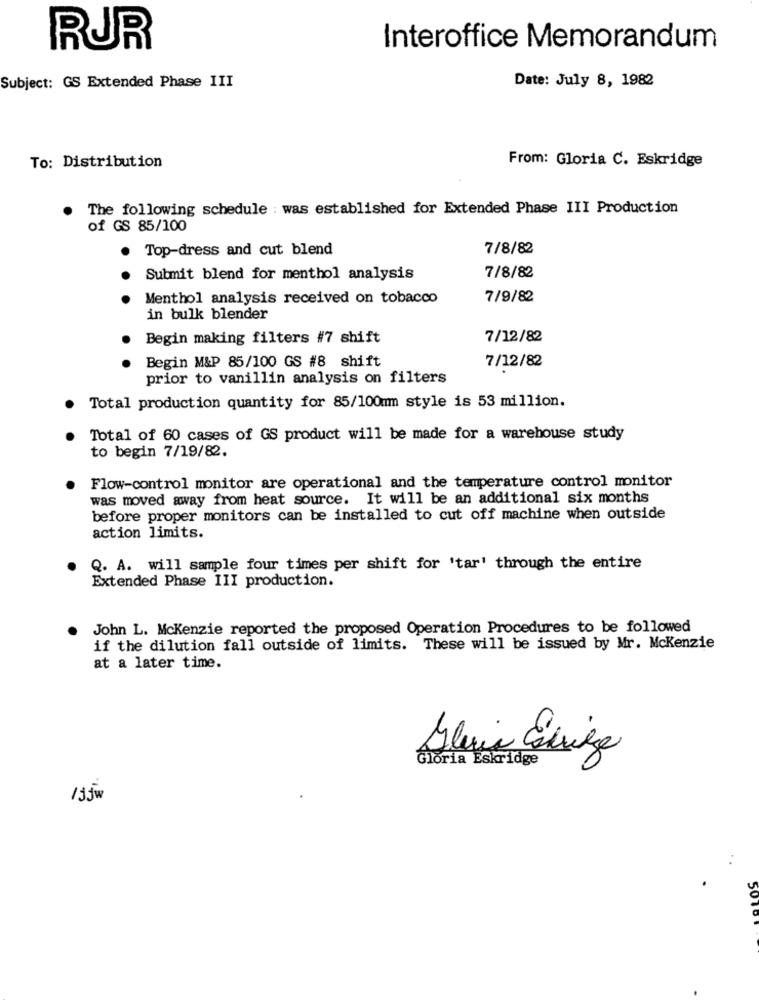
RUR
Interoffice Memorandum
Date: July 8, 1982
Subject: GS Extended Phase III
To: Distribution
From: Gloria C. Eskridge
The following schedule : was established for Extended Phase III Production
of GS 85/100
Top-dress and cut blend
7/8/82
Submit blend for menthol analysis
7/8/82
Menthol analysis received on tobacco
7/9/82
in bulk blender
Begin making filters #7 shift
7/12/82
Begin M&P 85/100 GS #8 shift
7/12/82
prior to vanillin analysis on filters
Total production quantity for 85/100mm style is 53 million.
Total of 60 cases of GS product will be made for a warehouse study
to begin 7/19/82.
Flow-control monitor are operational and the temperature control monitor
was moved away from heat source. It will be an additional six months
before proper monitors can be installed to cut off machine when outside
action limits.
Q. A. will sample four times per shift for 'tar' through the entire
Extended Phase III production.
John L. Mckenzie reported the proposed Operation Procedures to be followed
if the dilution fall outside of limits. These will be issued by Mr. Mckenzie
at a later time.
5
Gloria Eskridge
13jw